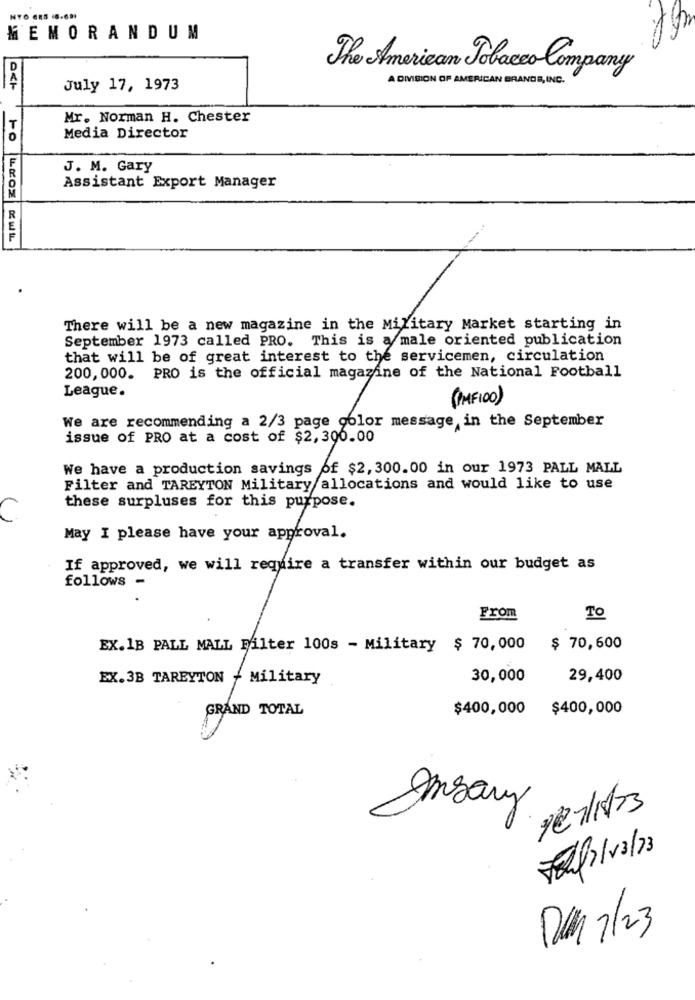
MEMORANDUM
D
The American Tobacco Company
A DIVISION OF AMERICAN BRANDS, INC.
July 17, 1973
Mr. Norman H. Chester
T
Media Director
J. M. Gary
Assistant Export Manager
.
There will be a new magazine in the Military Market starting in
September 1973 called PRO. This is a male oriented publication
that will be of great interest to the servicemen, circulation
200, 000. PRO is the official magazine of the National Football
League.
(PMFICO)
We are recommending a 2/3 page color message in the September
issue of PRO at a cost of $2, 300.00
We have a production savings of $2, 300.00 in our 1973 PALL MALL
Filter and TAREYTON Military allocations and would like to use
these surpluses for this purpose.
May I please have your approval.
If approved, we will require a transfer within our budget as
follows -
From
To
EX.1B PALL MALL Filter 100s - Military $ 70,000
$ 70,600
EX.3B TAREYTON - Military
30,000
29,400
GRAND TOTAL
$400,000 $400,000
Ansary
DU 7/23